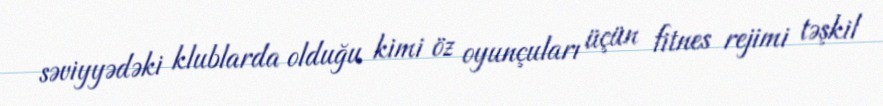
səviyyədəki klublarda olduğu kimi öz oyunçuları üçün fitnes rejimi təşkil